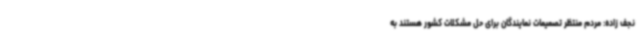
نجف زاده: مردم منتظر تصمیمات نمایندگان برای حل مشکلات کشور هستند به